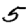
Digit: 5